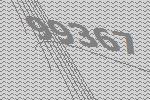
99367